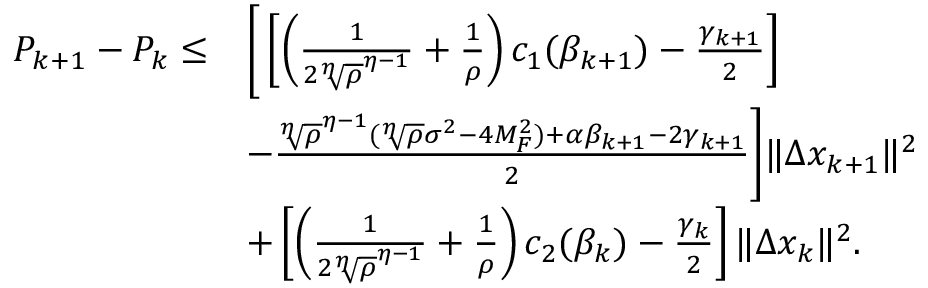
\begin{array} { r l } { P _ { k + 1 } - P _ { k } \leq } & { \Bigg [ \left[ \left( \frac { 1 } { 2 { \sqrt [ \eta ] { \rho } } ^ { \eta - 1 } } + \frac { 1 } { \rho } \right) c _ { 1 } ( \beta _ { k + 1 } ) - \frac { \gamma _ { k + 1 } } { 2 } \right] } \\ & { - \frac { { \sqrt [ \eta ] { \rho } } ^ { \eta - 1 } ( { \sqrt [ \eta ] { \rho } } \sigma ^ { 2 } - 4 M _ { F } ^ { 2 } ) + { \alpha } \beta _ { k + 1 } - 2 \gamma _ { k + 1 } } { 2 } \Bigg ] \| \Delta x _ { k + 1 } \| ^ { 2 } } \\ & { + \left[ \left( \frac { 1 } { 2 { \sqrt [ \eta ] { \rho } } ^ { \eta - 1 } } + \frac { 1 } { \rho } \right) c _ { 2 } ( \beta _ { k } ) - \frac { \gamma _ { k } } { 2 } \right] \| \Delta x _ { k } \| ^ { 2 } . } \end{array}